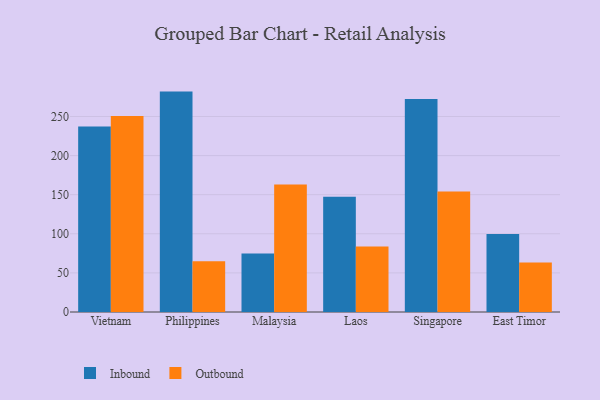
{"axis": {"x": "Country", "y": "Population (Million)"}, "legend": ["Inbound", "Outbound"], "data": [{"x": "Vietnam", "y": 237.1, "type": "Inbound"}, {"x": "Vietnam", "y": 250.5, "type": "Outbound"}, {"x": "Philippines", "y": 281.8, "type": "Inbound"}, {"x": "Philippines", "y": 64.9, "type": "Outbound"}, {"x": "Malaysia", "y": 74.9, "type": "Inbound"}, {"x": "Malaysia", "y": 163.1, "type": "Outbound"}, {"x": "Laos", "y": 147.3, "type": "Inbound"}, {"x": "Laos", "y": 83.8, "type": "Outbound"}, {"x": "Singapore", "y": 272.4, "type": "Inbound"}, {"x": "Singapore", "y": 154.1, "type": "Outbound"}, {"x": "East Timor", "y": 99.8, "type": "Inbound"}, {"x": "East Timor", "y": 63.3, "type": "Outbound"}]}